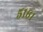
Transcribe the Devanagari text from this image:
५१६१